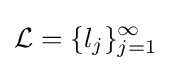
{\mathcal {L}}=\{l_{j}\}_{j=1}^{\infty }